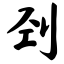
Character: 刭